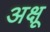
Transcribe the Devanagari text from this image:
अक्षू